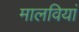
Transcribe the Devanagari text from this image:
मालवियां